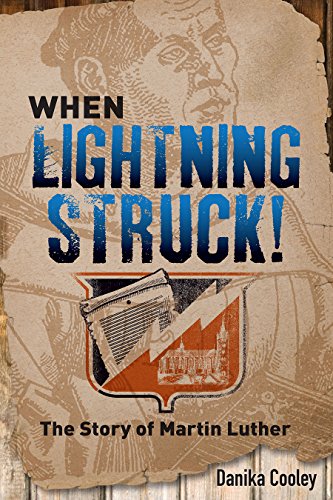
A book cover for When Lightning Struck!: The Story of Martin Luther; Danika Cooley; Teen & Young Adult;